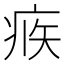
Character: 𤶅